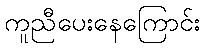
ကူညီပေးနေကြောင်း